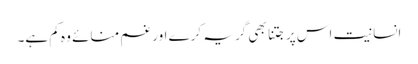
انسانیت اس پر جتنا بھی گریہ کرے اور غم منائے وہ کم ہے۔